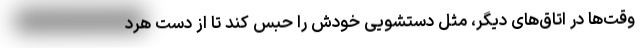
وقت‌ها در اتاق‌های دیگر، مثل دستشویی خودش را حبس کند تا از دست هرد